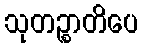
သုတဉ္စာတိပေ